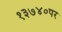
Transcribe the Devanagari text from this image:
१३७४०पर